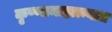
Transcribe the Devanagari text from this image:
कृष्णामाहात्म्यात